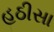
હઠીસા